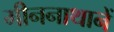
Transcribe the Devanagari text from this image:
मीननाथानें